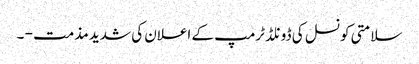
سلامتی کونسل کی ڈونلڈ ٹرمپ کے اعلان کی شدید مذمت - ۔